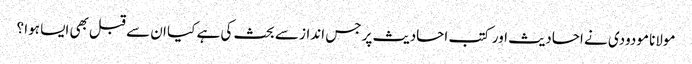
مولانا مودودی نے احادیث اور کتب احادیث پر جس انداز سے بحث کی ہے کیا ان سے قبل بھی ایسا ہوا ؟